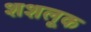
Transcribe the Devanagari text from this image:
शशलूक